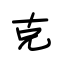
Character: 克